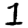
Digit: 1